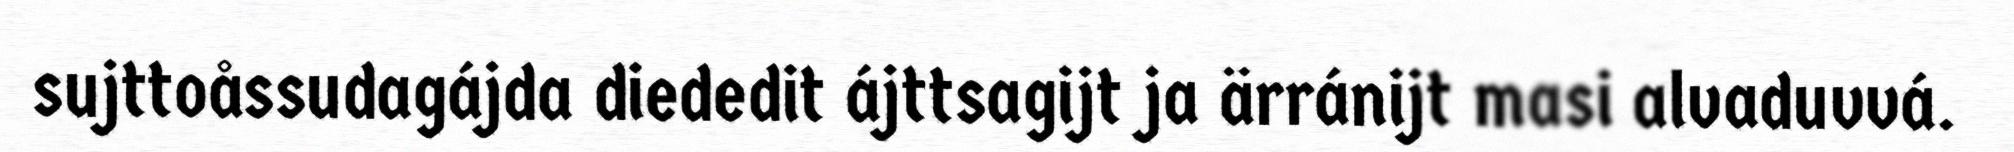
sujttoåssudagájda diededit ájttsagijt ja ärránijt masi alvaduvvá.